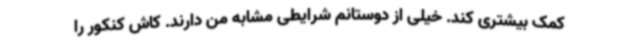
کمک بیشتری کند. خیلی از دوستانم شرایطی مشابه من دارند. کاش کنکور را